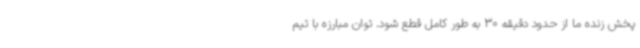
پخش زنده ما از حدود دقیقه 30 به طور کامل قطع شود. توان مبارزه با تیم